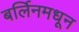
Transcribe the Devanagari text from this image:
बर्लिनमधून